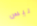
ليس